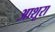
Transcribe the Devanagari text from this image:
आशूरा